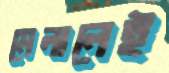
মেলালেই